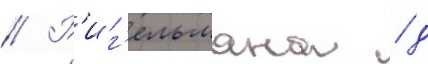
// Р'иг'ельмана / д